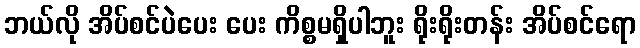
ဘယ်လို အိပ်စင်ပဲပေး ပေး ကိစ္စမရှိပါဘူး ရိုးရိုးတန်း အိပ်စင်ရော